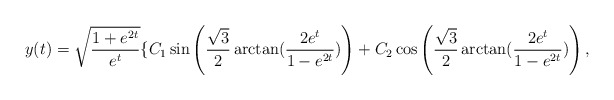
\begin{align*}y(t)=\sqrt{\frac{1+e^{2t}}{e^t}}\{C_1\sin\left(\frac{\sqrt{3}}{2}\arctan(\frac{2e^t}{1-e^{2t}})\right)+C_2\cos\left(\frac{\sqrt{3}}{2}\arctan(\frac{2e^t}{1-e^{2t}})\right),\end{align*}